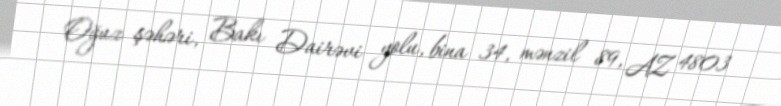
Oğuz şəhəri, Bakı Dairəvi yolu, bina 34, mənzil 89, AZ 4803